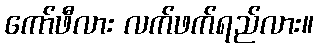
ကော်ဖီလား လက်ဖက်ရည်လား။